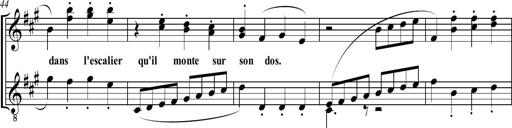
Title: Sonatine bureaucratique
Composer: Erik Satie